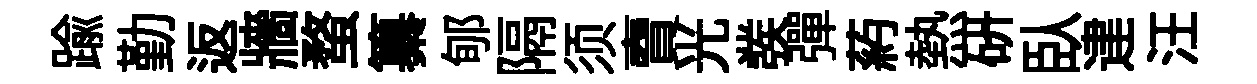
踰勤返牆蝥纂郇隔须𧶠光彂彈葯熱研臥䢖汪